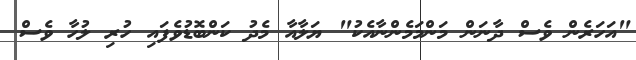
"އަހަރެން ވެސް ދާނަން މަންމަމެންނާއެކު" ޔަލާއާ މެދު ކަންބޮޑުވެފައި ހުރި ލުހާ ވެސް